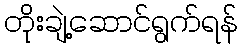
တိုးချဲ့ဆောင်ရွက်ရန်